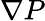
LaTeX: \nabla P